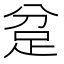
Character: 𮛍